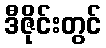
ဒီဇိုင်းတွင်